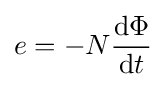
e=-N{\frac {\mathrm {d} \Phi }{\mathrm {d} t}}